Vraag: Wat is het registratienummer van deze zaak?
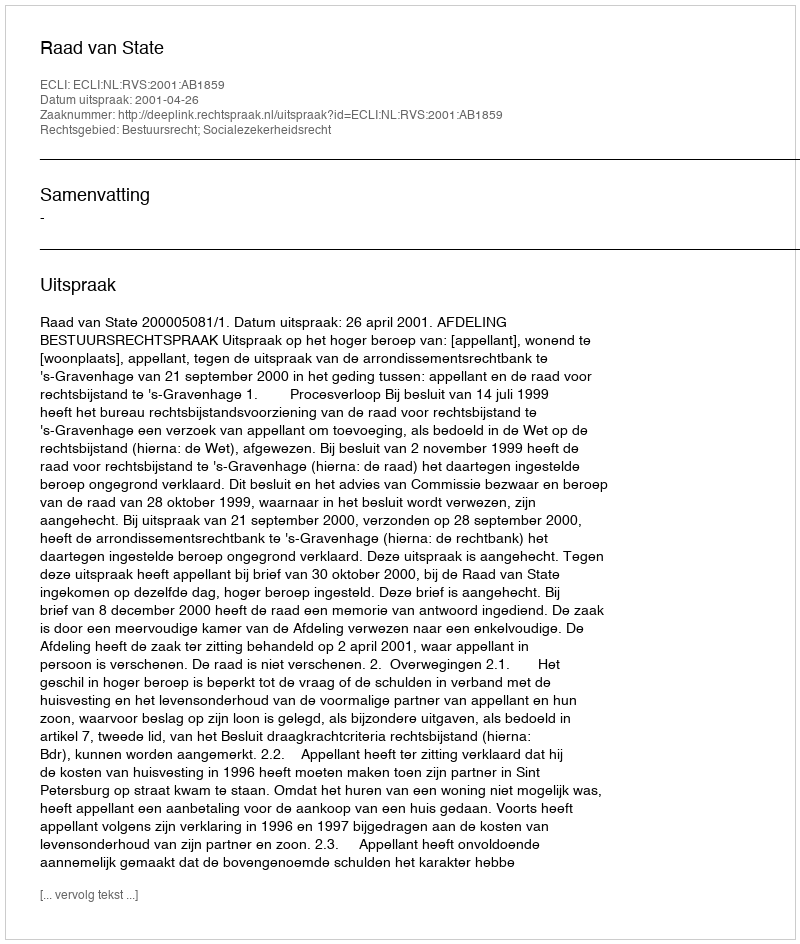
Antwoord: http://deeplink.rechtspraak.nl/uitspraak?id=ECLI:NL:RVS:2001:AB1859